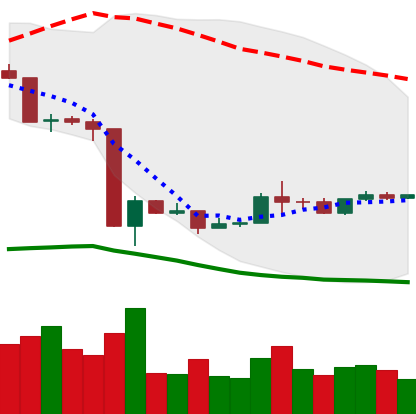
Ticker: ETH-USD
Chart end date: 2020-03-26
Forward return: -3.446%
Label: down_3_5